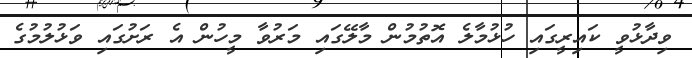
ވިދާޅުވީ ކައިރީގައި ހުޅުމާލެ އޮތުމުން މާލޭގައި މަރުވާ މީހުން އެ ރަށުގައި ވަޅުލުމުގެ